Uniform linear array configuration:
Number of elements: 16
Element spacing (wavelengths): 0.25
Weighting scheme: hann
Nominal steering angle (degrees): -60
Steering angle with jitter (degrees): -60.857
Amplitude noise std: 0.05
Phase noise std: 0.05

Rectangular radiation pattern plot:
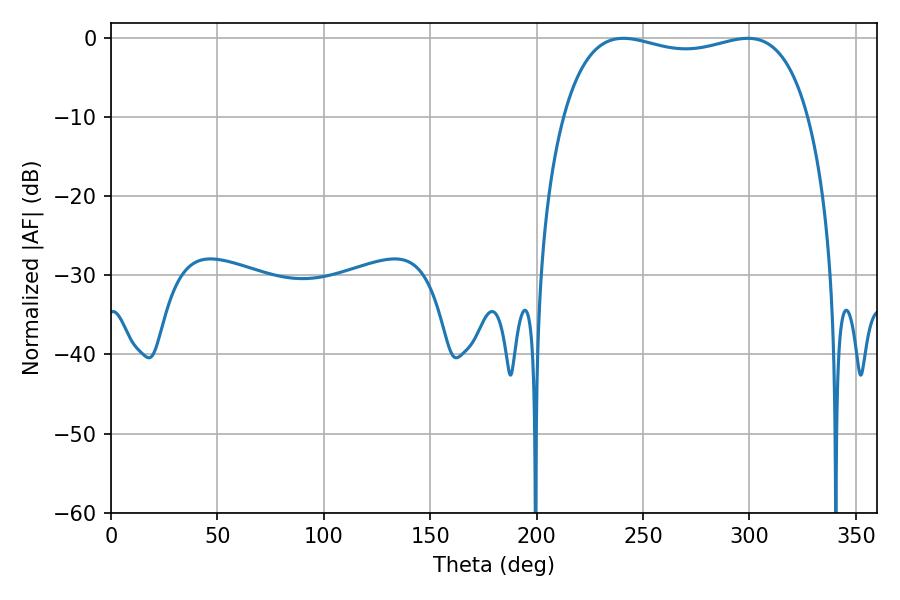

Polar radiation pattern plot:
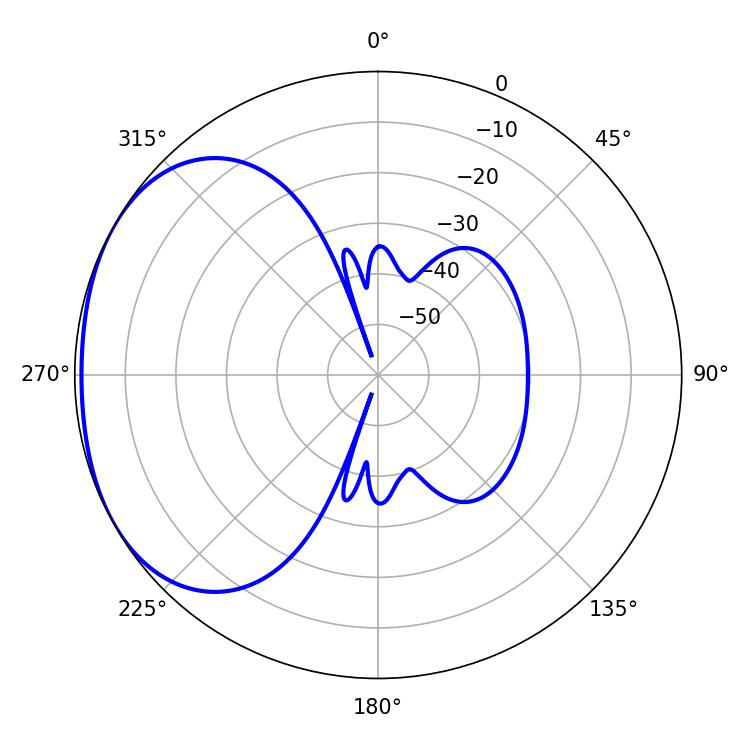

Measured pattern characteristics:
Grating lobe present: FALSE
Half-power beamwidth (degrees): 93.96
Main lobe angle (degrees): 240.84